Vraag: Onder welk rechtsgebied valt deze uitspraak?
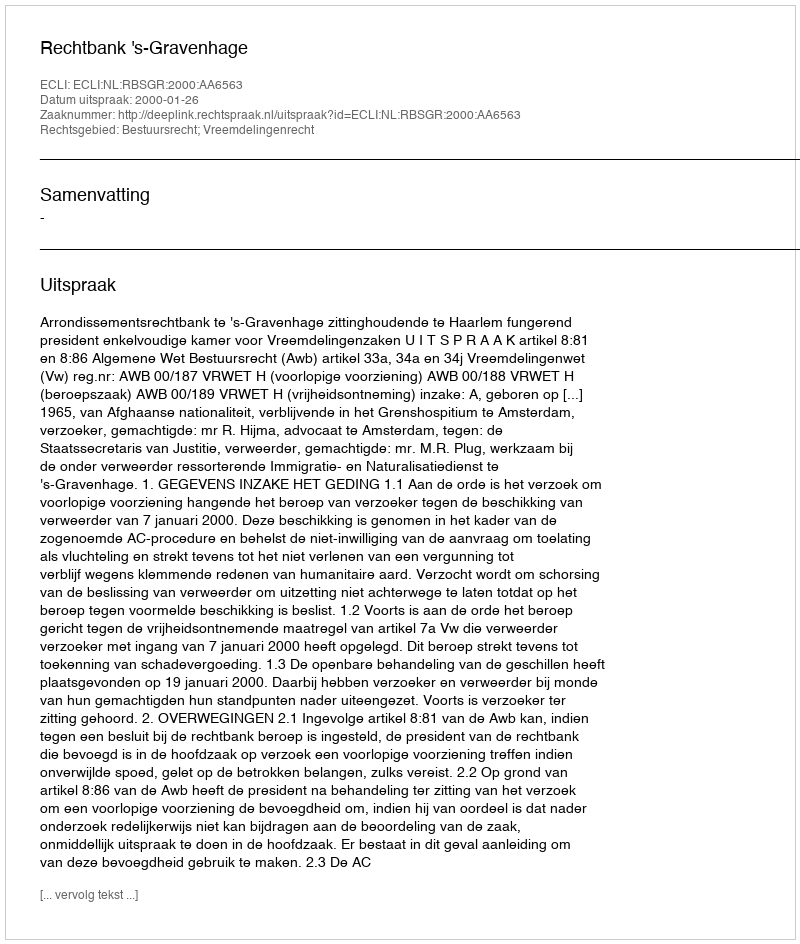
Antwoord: Bestuursrecht; Vreemdelingenrecht